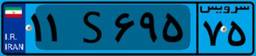
۱۱S۶۹۵۷۵